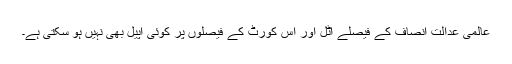
عالمی عدالت انصاف کے فیصلے اٹل اور اس کورٹ کے فیصلوں پر کوئی اپیل بھی نہیں ہو سکتی ہے۔